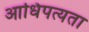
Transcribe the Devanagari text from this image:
आधिपत्यता